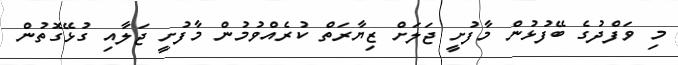
މި ވަފްދުގެ ބޭފުޅުން މާފުށީ ޖަލަށް ޒިޔާރަތް ކުރެއްވުމުން މާފުށީ ޖަލާއި ގުޅޭގޮތުން